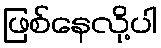
ဖြစ်နေလို့ပါ